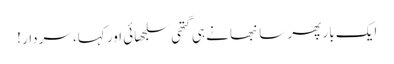
ایک بار پھر سانبھا نے ہی گتھی سلجھائی اور کہا، سردار !